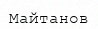
Майтанов